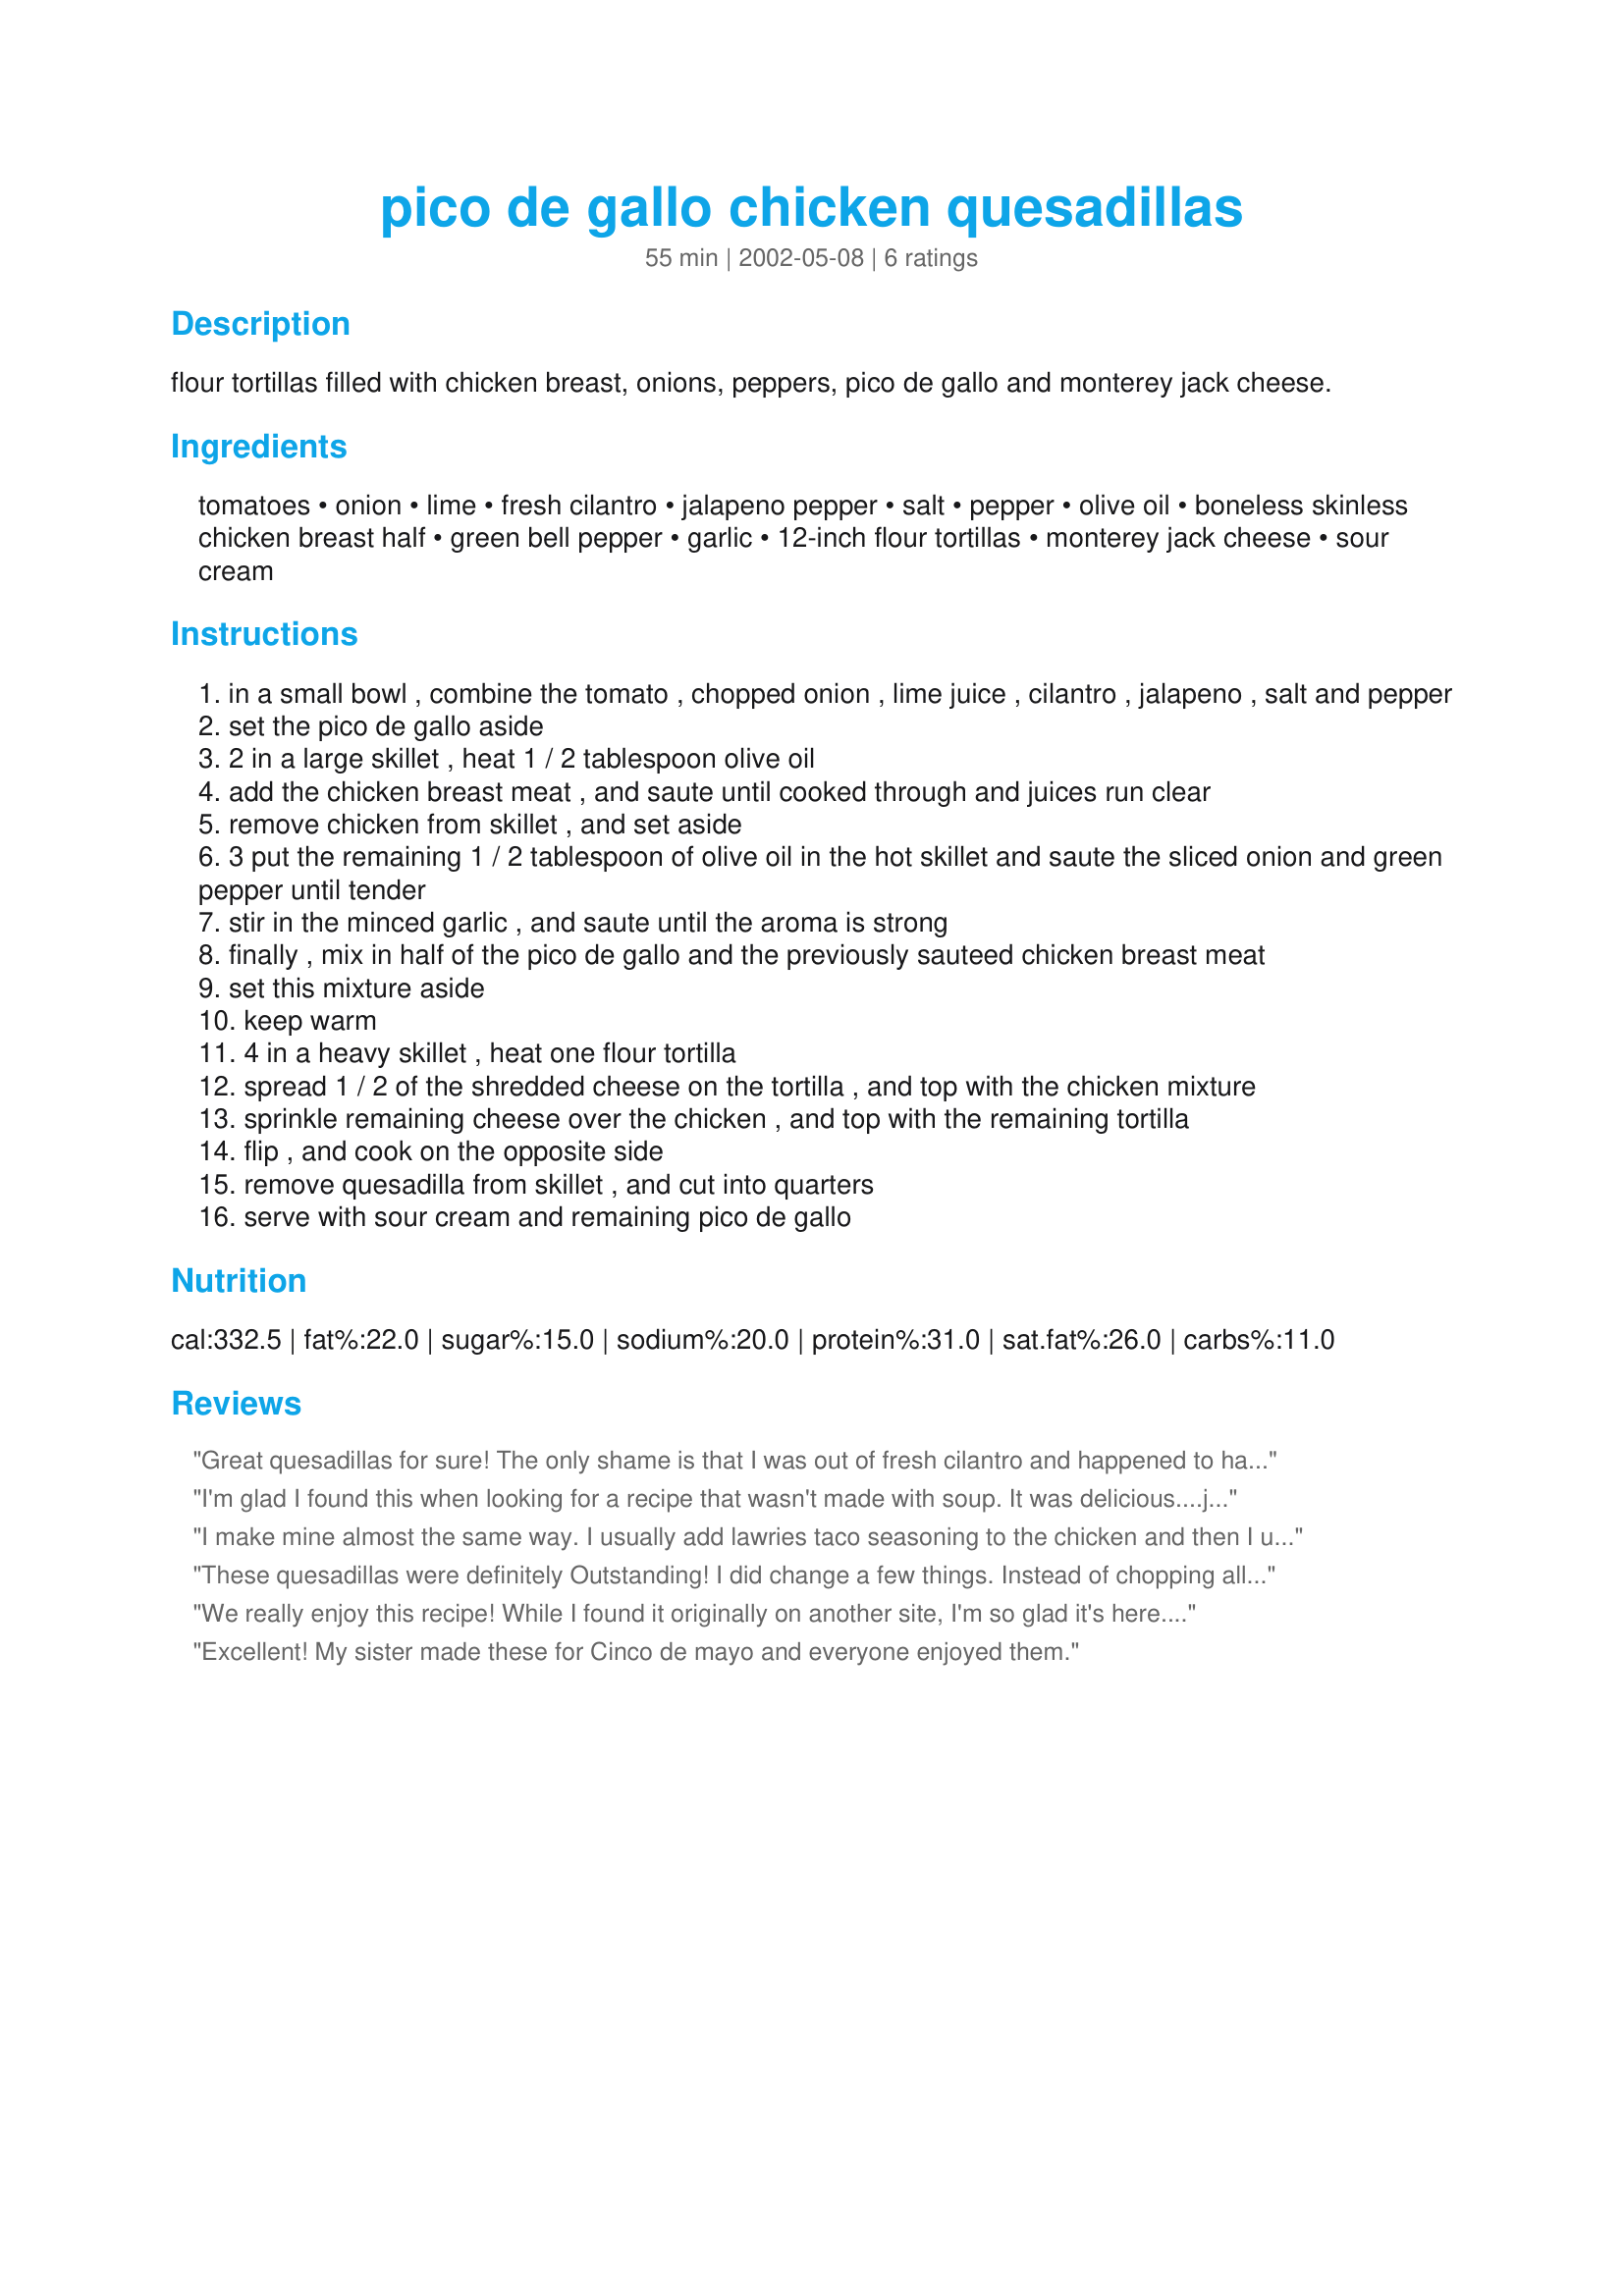
pico de gallo chicken quesadillas
Preparation time: 55 minutes

flour tortillas filled with chicken breast, onions, peppers, pico de gallo and monterey jack cheese.

Ingredients:
tomatoes, onion, lime, fresh cilantro, jalapeno pepper, salt, pepper, olive oil, boneless skinless chicken breast half, green bell pepper, garlic, 12-inch flour tortillas, monterey jack cheese, sour cream

Steps:
in a small bowl , combine the tomato , chopped onion , lime juice , cilantro , jalapeno , salt and pepper
set the pico de gallo aside
2 in a large skillet , heat 1 / 2 tablespoon olive oil
add the chicken breast meat , and saute until cooked through and juices run clear
remove chicken from skillet , and set aside
3 put the remaining 1 / 2 tablespoon of olive oil in the hot skillet and saute the sliced onion and green pepper until tender
stir in the minced garlic , and saute until the aroma is strong
finally , mix in half of the pico de gallo and the previously sauteed chicken breast meat
set this mixture aside
keep warm
4 in a heavy skillet , heat one flour tortilla
spread 1 / 2 of the shredded cheese on the tortilla , and top with the chicken mixture
sprinkle remaining cheese over the chicken , and top with the remaining tortilla
flip , and cook on the opposite side
remove quesadilla from skillet , and cut into quarters
serve with sour cream and remaining pico de gallo

Reviews:
Great quesadillas for sure! The only shame is that I was out of fresh cilantro and happened to have some dried from Penzey's I had just received so I used that. Not the best substitute but it worked okay. :) Thanks.
I'm glad I found this when looking for a recipe that wasn't made with soup. It was delicious....just the right amount of heat for our tastes!! I increased the amount of cheese & used a cheddar/monterey jack combo. The only change I will make next time is to cut the chicken, onions & peppers into chunks rather than strips. Thanx for posting this keeper! 

I make mine almost the same way. I usually add lawries taco seasoning to the chicken and then I use corn tortillas and I fry them in vegatible oil. Ya, maybe not so healthy, but with some sour cream, salsa, wow!
These quesadillas were definitely Outstanding! I did change a few things. Instead of chopping all the veggies by hand, I put all the salsa ingredients into a food processor- Done in a minute! For the chicken I used; Lime Chicken soft taco recipe #64160. Awesome flavor! Then on the griddle I folded each individual tortilla in half while cooking- easier to flip. Made for cinco de mayo. Everyone loved them!
We really enjoy this recipe! While I found it originally on another site, I'm so glad it's here. I did make a couple of changes ~ I hate cilantro so I subbed fresh parsley, I used diced jalapenos from a jar, and bought and used a package of grilled chicken strips that I warmed up; everything else was the same. All my changes worked great and I would stick with them in the future. These quesadillas have great flavor and are great for lunch or dinner. Thanks for posting ~ I'll be using this recipe over and over!
Excellent! My sister made these for Cinco de mayo and everyone enjoyed them.
